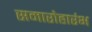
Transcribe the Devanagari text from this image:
समारोहारंभ